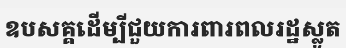
ឧបសគ្គដើម្បីជួយការពារពលរដ្ឋស្លូត